Indian journal of veterinary science and animal husbandry - Volumes 22-23, 1952-1953
Year: 1952
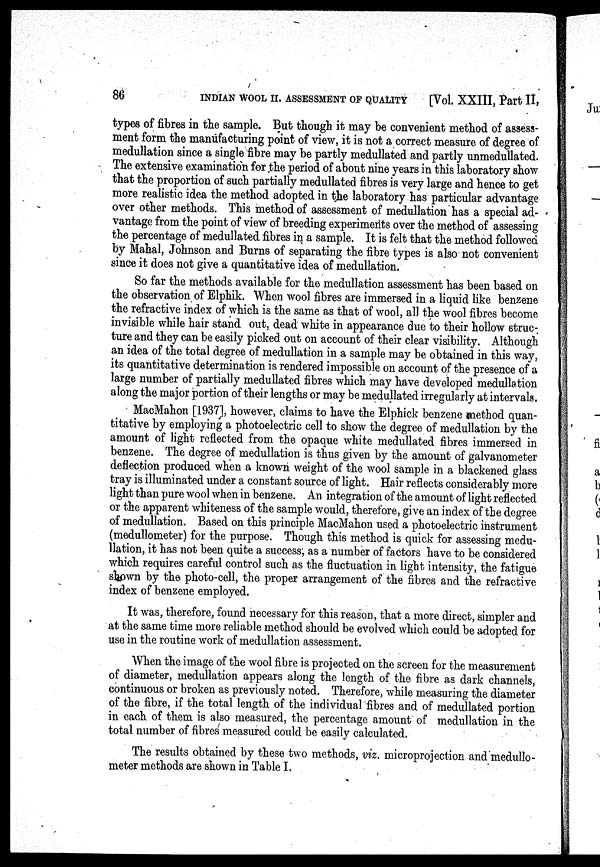
86
INDIAN WOOL II. ASSESSMENT OF QUALITY [Vol. XXIII, Part II,
types of fibres in the sample. But though it may be convenient method of assess-
ment form the manufacturing point of view, it is not a correct measure of degree of
medullation since a single fibre may be partly medullated and partly unmedullated.
The extensive examination for ,the period of about nine years in this laboratory show
that the proportion of such partially medullated fibres is very large and hence to get
more realistic idea the method adopted in the laboratory has particular advantage
over other methods. This method of assessment of medullation has a special ad-
vantage from the point of view of breeding experiments over the method of assessing
the percentage of medullated fibres in a sample. It is felt that the method followed
by Mahal, Johnson and Burns of separating the fibre types is also not convenient
since it does not give a quantitative idea of medullation.
So far the methods available for the medullation assessment has been based on
the observation of Elphik. When wool fibres are immersed in a liquid like benzene
the refractive index of which is the same as that of wool, all the wool fibres become
invisible while hair stand out, dead white in appearance due to their hollow struc-.
ture and they can be easily picked out on account of their clear visibility. Although
an idea of the total degree of medullation in a sample may be obtained in this way,
its quantitative determination is rendered impossible on account of the presence of a
large number of partially medullated fibres which may have developed medullation
along the major portion of their lengths or may be medullated irregularly at intervals.
MacMahon [1937], however, claims to have the Elphick benzene method quan-
titative by employing a photoelectric cell to show the degree of medullation by the
amount of light reflected from the opaque white medullated fibres immersed in
benzene. The degree of medullation is thus given by the amount of galvanometer
deflection produced when a known weight of the wool sample in a blackened glass
tray is illuminated under a constant source of light. Hair reflects considerably more
light than pure wool when in benzene. An integration of the amount of light reflected
or the apparent whiteness of the sample would, therefore, give an index of the degree
of medullation. Based on this principle MacMahon used a photoelectric instrument
(medullometer) for the purpose. Though this method is quick for assessing medu-
llation, it has not been quite a success; as a number of factors have to be considered
which requires careful control such as the fluctuation in light intensity, the fatigue
shown by the photo-cell, the proper arrangement of the fibres and the refractive
index of benzene employed.
It was, therefore, found necessary for this reason, that a more direct, simpler and
at the same time more reliable method should be evolved which could be adopted for
use in the routine work of medullation assessment.
When the image of the wool fibre is projected on the screen for the measurement
of diameter, medullation appears along the length of the fibre as dark channels,
continuous or broken as previously noted. Therefore, while measuring the diameter
of the fibre, if the total length of the individual fibres and of medullated portion
in each of them is also measured, the percentage amount of medullation in the
total number of fibres measured could be easily calculated.
The results obtained by these two methods, viz. microprojection and medullo-
meter methods are shown in Table I.